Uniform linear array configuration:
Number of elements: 64
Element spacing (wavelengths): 1
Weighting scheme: uniform
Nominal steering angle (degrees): -60
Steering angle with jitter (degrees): -60.199
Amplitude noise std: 0.05
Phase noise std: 0.05

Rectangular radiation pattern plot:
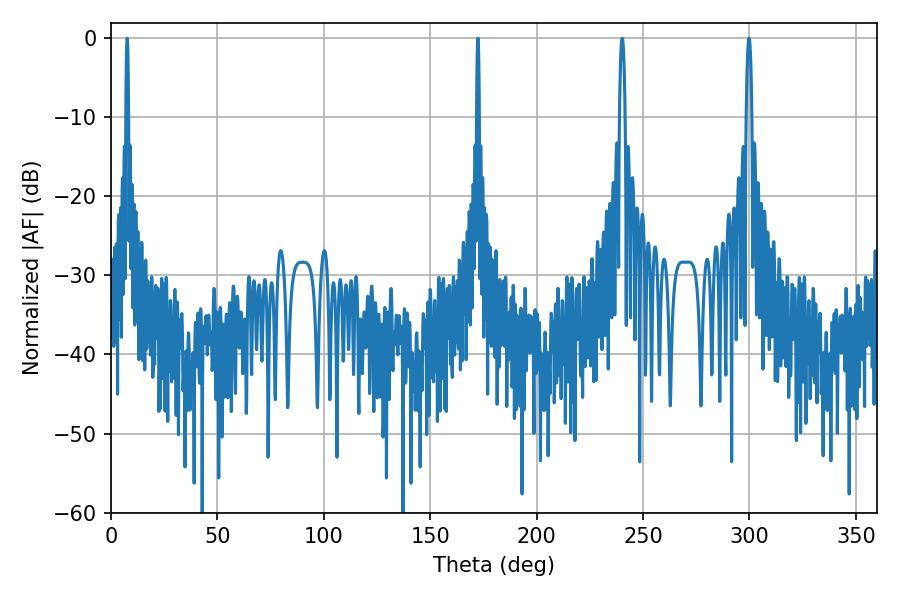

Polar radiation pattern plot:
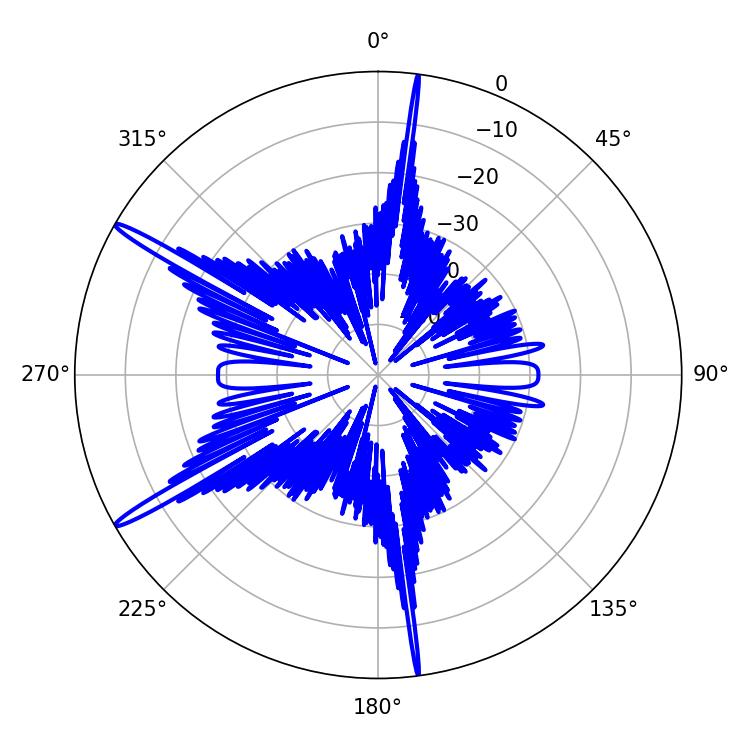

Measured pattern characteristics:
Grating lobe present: TRUE
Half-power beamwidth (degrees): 0.72
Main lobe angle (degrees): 7.56